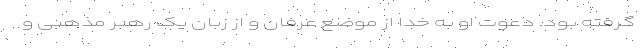
گرفته بود. دعوت او به خدا از موضع عرفان و از زبان یک رهبر مذهبی و